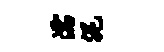
濡泥